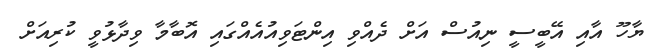
ޔާހޫ އާއި އޭބީސީ ނިއުސް އަށް ދެއްވި އިންޓަވިއުއެއްގައި އޮބާމާ ވިދާޅުވީ ކުރިއަށް